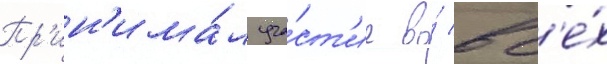
Пр'ин'има́л уча́ст'ие во́ вс'е́х